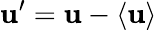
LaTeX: \mathbf{u}^{\prime}=\mathbf{u}-\left<{\mathbf{u}}\right>